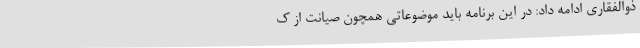
ذوالفقاری ادامه داد: در این برنامه باید موضوعاتی همچون صیانت از ک